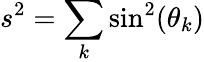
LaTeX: s^{2}=\sum_{k}\sin^{2}(\theta_{k})